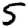
Digit: 5